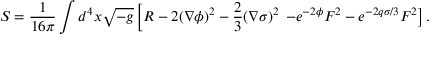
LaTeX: S = \frac { 1 } { 1 6 \pi } \int d ^ { 4 } x \sqrt { - g } \left[ R - 2 ( \nabla \phi ) ^ { 2 } - \frac { 2 } { 3 } ( \nabla \sigma ) ^ { 2 } \right. \left. - e ^ { - 2 \phi } F ^ { 2 } - e ^ { - 2 q \sigma / 3 } F ^ { 2 } \right] .